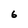
Character: 6